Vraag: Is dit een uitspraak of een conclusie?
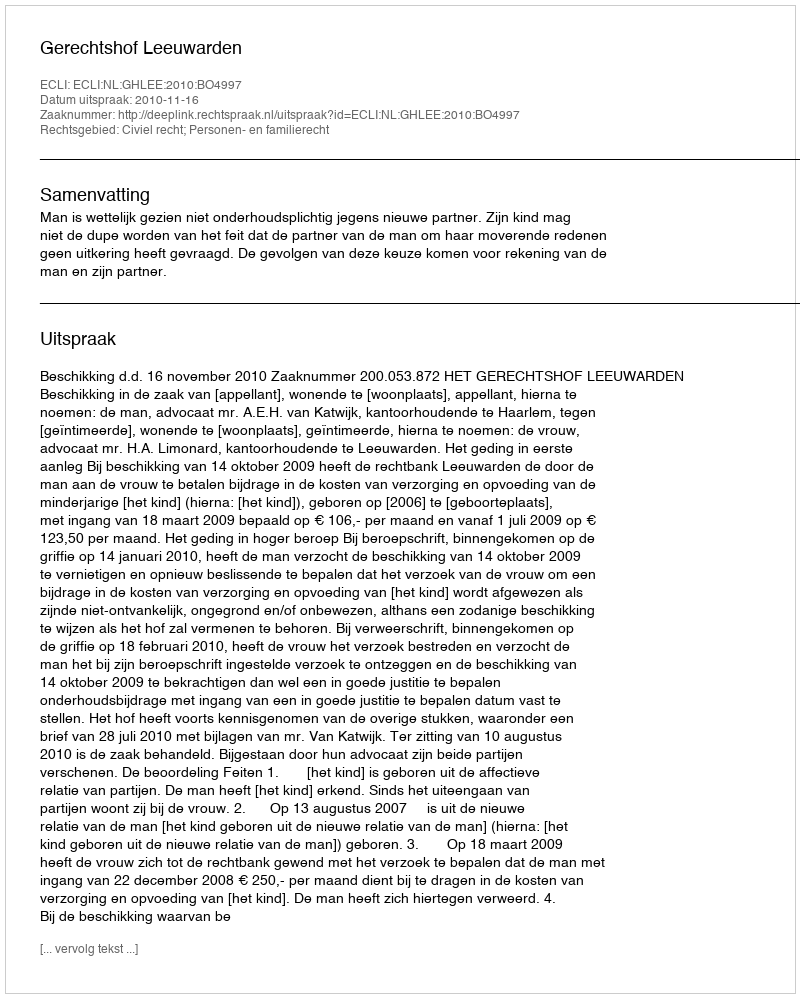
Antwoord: Uitspraak